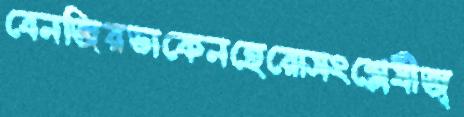
বেনজিরডাকেনহেরোসংশ্লেষীজ্